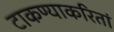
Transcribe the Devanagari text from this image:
टाकण्याकरितां